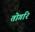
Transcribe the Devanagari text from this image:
तोगरि